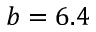
b = 6 . 4